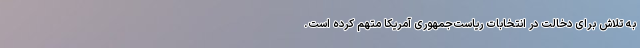
به تلاش برای دخالت در انتخابات ریاست‌جمهوری آمریکا متهم کرده است.